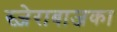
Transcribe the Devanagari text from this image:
स्ज़ेराबाजका